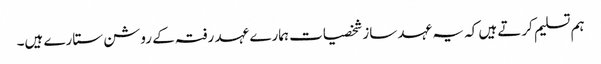
ہم تسلیم کرتے ہیں کہ یہ عہد ساز شخصیات ہمارے عہد رفتہ کے روشن ستارے ہیں۔